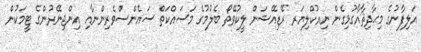
އަލިފާނުގެ މިޙާދިޘާއާގުޅިގެން ނިއުކްލިޔަރ ރޭޑިއޭޝަން ލީކުވޭތޯ ބެލުމުގެ މަސައްކަތް ސައެންސްވެރިންނާއި އިންޖިނޭރުންގެ ޓީމަކުން